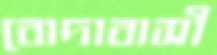
বোদাবাসী